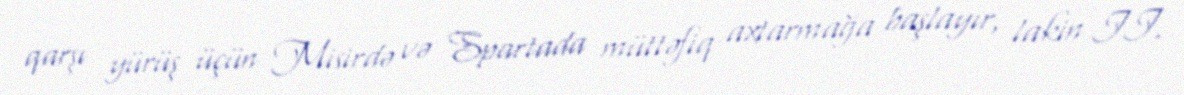
qarşı yürüş üçün Misirdə və Spartada müttəfiq axtarmağa başlayır, lakin II.